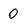
Character: 0